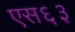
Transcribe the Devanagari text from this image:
एस६३